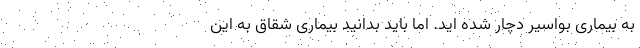
به بیماری بواسیر دچار شده اید. اما باید بدانید بیماری شقاق به این